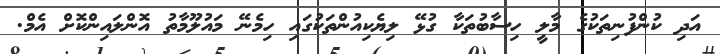
އަދި ކުންފުނިތަކުގެ މާލީ ހިސާބުތަކާ ގުޅޭ ލިޔެކިއުންތަކުގައި ހިމެނޭ މައުލޫމާތު އޮންލައިންކޮށް އެމް.